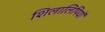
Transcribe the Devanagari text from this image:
शिलालिपियों